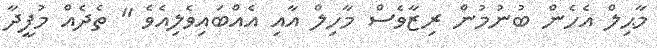
މާޙިލް އެހެން ބުނުމުން ރިޒާވެސް މާހިލް އާއި އެއްބައިވެލިއެވެ " ތެދެއް މުފީދާ